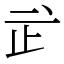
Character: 㱐